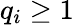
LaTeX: q_{i}\geq 1